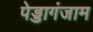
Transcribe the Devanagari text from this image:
पेड्डागंजाम